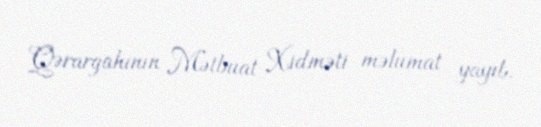
Qərargahının Mətbuat Xidməti məlumat yayıb.